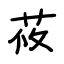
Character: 莜